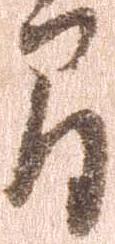
間